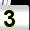
Digit: 3